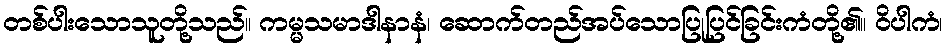
တစ်ပါးသောသူတို့သည်။ ကမ္မသမာဒါနာနံ၊ ဆောက်တည်အပ်သောပြုပြင်ခြင်းကံတို့၏။ ဝိပါကံ၊